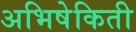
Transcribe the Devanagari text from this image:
अभिषेकिती